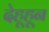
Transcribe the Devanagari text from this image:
देहूहून